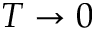
T \rightarrow 0